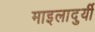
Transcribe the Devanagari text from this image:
माइलादुर्यी